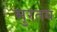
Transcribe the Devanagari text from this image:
मुरतय